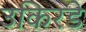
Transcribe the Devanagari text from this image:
उकिरडे